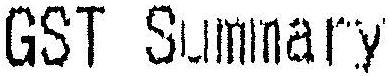
GST SUMMARY